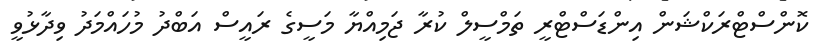
ކޮންސްޓްރަކްޝަން އިންޑަސްޓްރީ ތަމްސީލް ކުރާ ޖަމިއްޔާ މަސީގެ ރައީސް އަބްދު މުހައްމަދު ވިދާޅުވީ